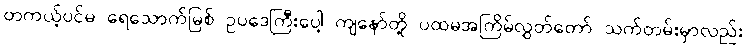
တကယ့်ပင်မ ရေသောက်မြစ် ဥပဒေကြီးပေါ့ ကျနော်တို့ ပထမအကြိမ်လွှတ်တော် သက်တမ်းမှာလည်း